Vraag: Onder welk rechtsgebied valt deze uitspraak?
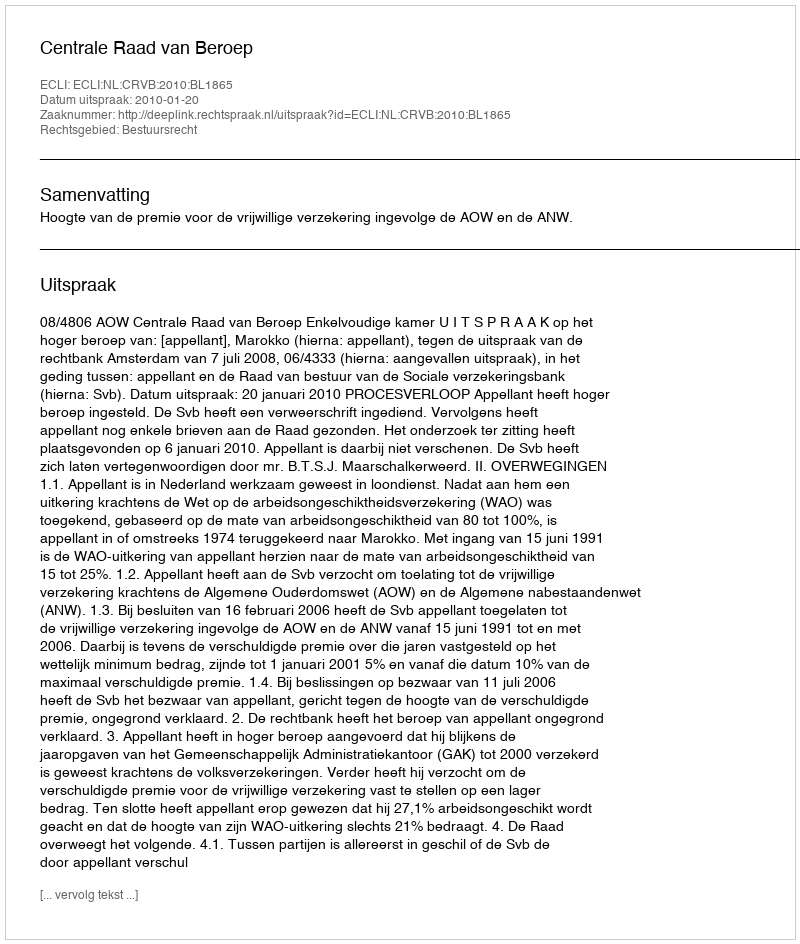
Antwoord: Bestuursrecht